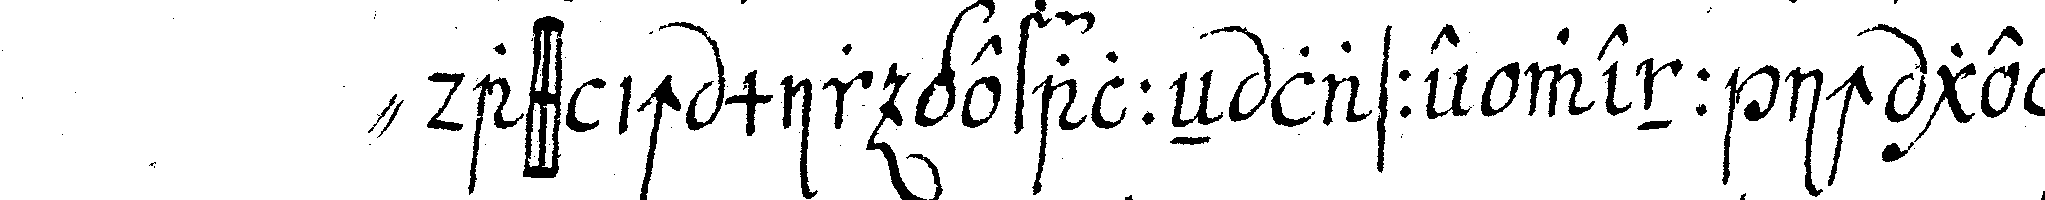
" dass ich mir gefalleN lasse wenn ich gegeN